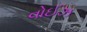
વોઈઝ